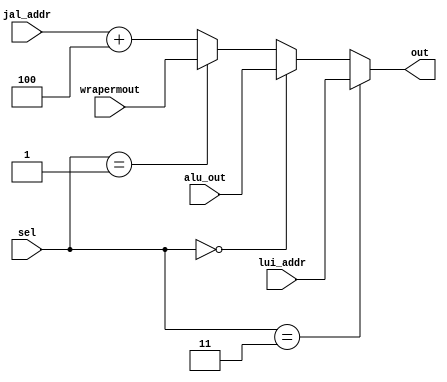
module rd_data (
    input wire [31:0] alu_out,
    input wire [31:0] wrapermout,
    input wire [31:0] jal_addr,
    input wire [31:0] lui_addr,
    input wire [1:0]sel,
    output wire [31:0] out
);

assign out = (sel == 2'b11)? lui_addr: (sel == 2'b00)? alu_out :(sel == 2'b01)? wrapermout :jal_addr+4;

endmodule